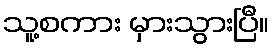
သူ့စကား မှားသွားပြီ။